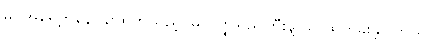
မှပဲအရှေ့ကနေဝန်းထွက်သည့်ပမာဝတ္ထုရှည်ကြီးနဲ့ သူ ဆွတ်ခူးခဲ့ပါတယ်။